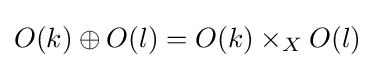
O(k)\oplus O(l)=O(k)\times _{X}O(l)